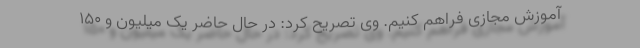
آموزش مجازی فراهم کنیم. وی تصریح کرد: در حال حاضر یک میلیون و ۱۵۰